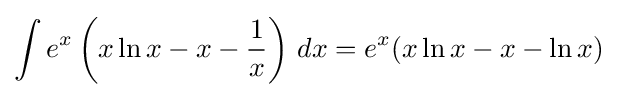
\int e^{x}\left(x\ln x-x-{\frac {1}{x}}\right)\,dx=e^{x}(x\ln x-x-\ln x)